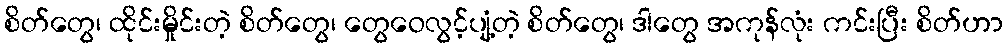
စိတ်တွေ၊ ထိုင်းမှိုင်းတဲ့ စိတ်တွေ၊ တွေဝေလွင့်ပျံ့တဲ့ စိတ်တွေ၊ ဒါတွေ အကုန်လုံး ကင်းပြီး စိတ်ဟာ